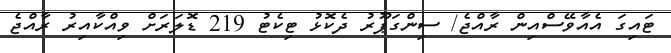
ޓައިގަ އެއާވޭސްއިން ރާއްޖެ/ ސިންގަޕޫރު ދެކޮޅު ޓިކެޓު 219 ޑޮލަރަށް ވިއްކާއިރު ރާއްޖެ